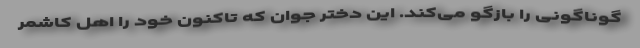
گوناگونی را بازگو می‌کند. این دختر جوان که تاکنون خود را اهل کاشمر